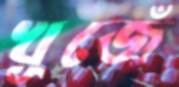
খূজেঁ